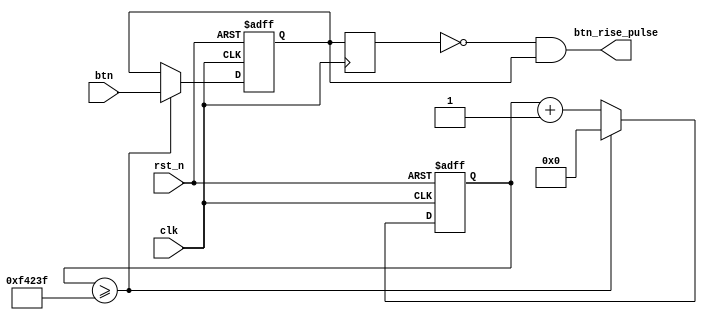
`timescale 1ns / 1ps
//////////////////////////////////////////////////////////////////////////////////
// Company: Tianjin University
// 
// Design Name: 
// Module Name: btn_rise_edge
// Project Name: 
// Target Devices: 
// Tool Versions: 
// Description: 
// 
// Dependencies: 
// 
// Revision:
// Revision 0.01 - File Created
// Additional Comments:
// 
//////////////////////////////////////////////////////////////////////////////////

/*
S2

*/
module  btn_rise_edge(
        input    clk,
        input    rst_n,
        input    btn,
        output   btn_rise_pulse
    );
reg  key_vc;         //Current Value
reg  key_vp;         //Previous Value
reg  [19:0]keycnt;   //


always @(posedge clk or negedge rst_n)
begin
    if(!rst_n)  
    begin keycnt<=0;  
        key_vc <=0; 
    end 
    else if(keycnt>=20'd999_999) 
    begin   
        keycnt<=0;
        key_vc <= btn;  //
    end     
    else   keycnt<=keycnt + 20'd1;
end

always @(posedge clk)
    key_vp<=key_vc;       //
        
//
assign  btn_rise_pulse= (~key_vp) & key_vc;
endmodule